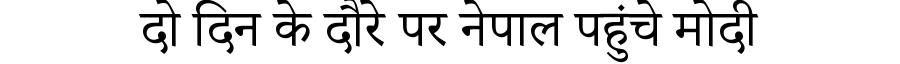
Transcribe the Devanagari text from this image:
दो दिन के दौरे पर नेपाल पहुंचे मोदी